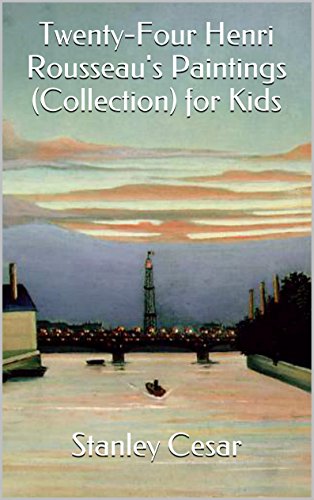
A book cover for Twenty-Four Henri Rousseau's Paintings (Collection) for Kids; Stanley Cesar; Sports & Outdoors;